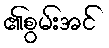
၏စွမ်းအင်